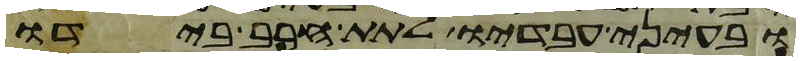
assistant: ובעיני עבדיו לתת חרב בידו